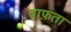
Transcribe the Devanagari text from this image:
याफ़ता